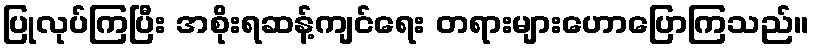
ပြုလုပ်ကြပြီး အစိုးရဆန့်ကျင်ရေး တရားများဟောပြောကြသည်။